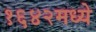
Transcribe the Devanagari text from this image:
१६४२मध्ये